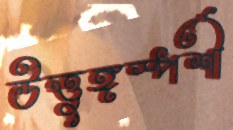
উত্তুঙ্গস্পর্শী